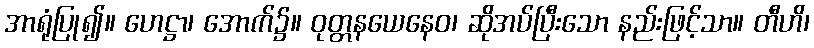
အာရုံပြု၍။ ဟေဋ္ဌာ၊ အောက်၌။ ဝုတ္တနယေနေဝ၊ ဆိုအပ်ပြီးသော နည်းဖြင့်သာ။ တီဟိ၊